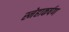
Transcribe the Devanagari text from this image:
स्नेहाकर्षण